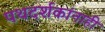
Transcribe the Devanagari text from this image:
पथदर्शकांनाही